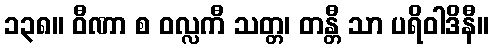
၁၃၈။ ဝီဏာ စ ဝလ္လကီ သတ္တ၊ တန္တီ သာ ပရိဝါဒိနီ။